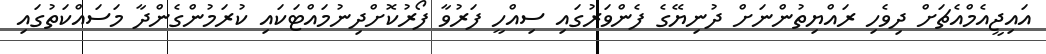
އައިޖީއެމްއެޗަށް ދިވެހި ރައްޔިތުންނަށް ދުނިޔޭގެ ފެންވަރުގައި ސިއްހީ ފަރުވާ ފޯރުކޮށްދިނުމައްޓަކައި ކުރަމުންގެންދާ މަސައްކަތުގައި